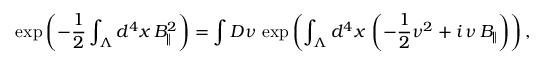
\exp \left( - \frac { 1 } { 2 } \int _ { \Lambda } d ^ { 4 } x \, B _ { \Vert } ^ { 2 } \right) = \int { \cal D } \nu \, \exp \left( \int _ { \Lambda } d ^ { 4 } x \, \left( - \frac { 1 } { 2 } \nu ^ { 2 } + i \, \nu \, B _ { \Vert } \right) \right) ,